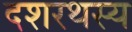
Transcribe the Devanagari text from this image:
दशरथस्य